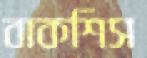
বাকশিস